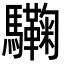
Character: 驧